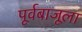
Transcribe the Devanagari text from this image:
पूर्वबाजूला